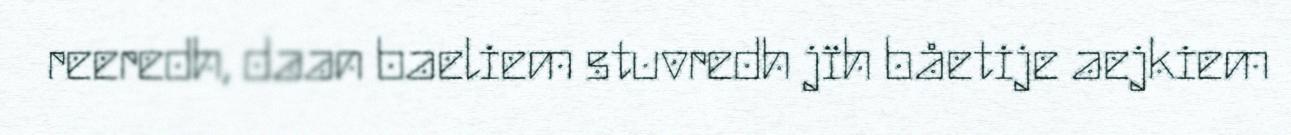
reeredh, daan baeliem stuvredh jïh båetije aejkiem